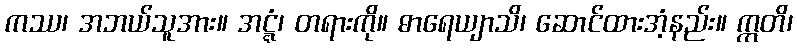
ကဿ၊ အဘယ်သူအား။ အဋ္ဋံ၊ တရားကို။ ဓာရေယျာသိ၊ ဆောင်ထားအံ့နည်း။ ဣတိ၊